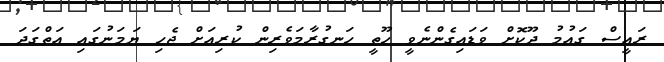
ރައީސް ގައުމު ދޫކޮށް ވަޑައިގެންނެވީ ހޫތީ ހަނގުރާމަވެރިން ކުރިއަށް ޖެހި ޔަމަނުގައި އަތްގަދަ